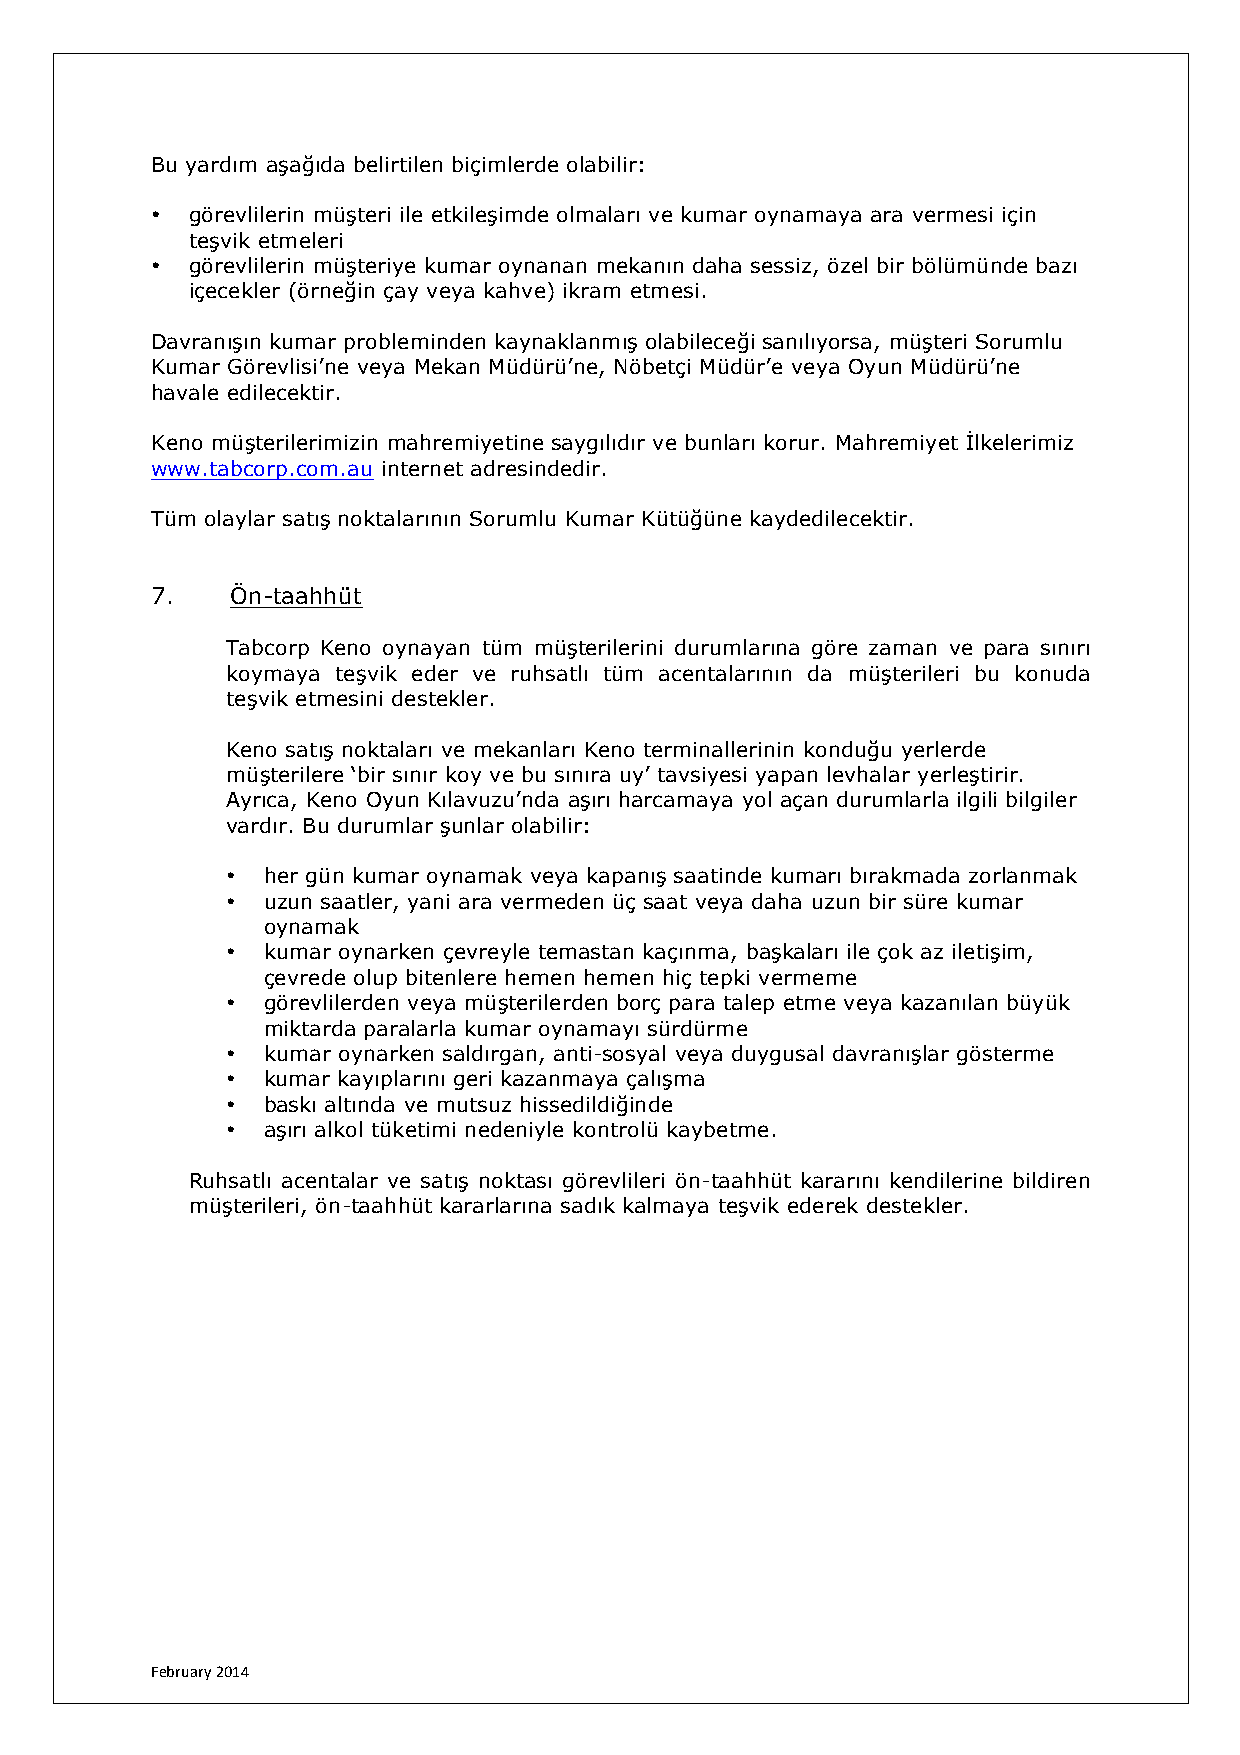
Bu yardım aşağıda belirtilen biçimlerde olabilir:
 • görevlilerin müşteri ile etkileşimde olmaları ve kumar oynamaya ara vermesi için
 teşvik etmeleri
 • görevlilerin müşteriye kumar oynanan mekanın daha sessiz, özel bir bölümünde bazı
 içecekler (örneğin çay veya kahve) ikram etmesi.
 Davranışın kumar probleminden kaynaklanmış olabileceği sanılıyorsa, müşteri Sorumlu
 Kumar Görevlisi’ne veya Mekan Müdürü’ne, Nöbetçi Müdür’e veya Oyun Müdürü’ne
 havale edilecektir.
 Keno müşterilerimizin mahremiyetine saygılıdır ve bunları korur. Mahremiyet İlkelerimiz
 www.tabcorp.com.au internet adresindedir.
 Tüm olaylar satış noktalarının Sorumlu Kumar Kütüğüne kaydedilecektir.
 7.   Ön-taahhüt
 Tabcorp Keno oynayan tüm müşterilerini durumlarına göre zaman ve para sınırı
 koymaya teşvik eder ve ruhsatlı tüm acentalarının da müşterileri bu konuda
 teşvik etmesini destekler.
 Keno satış noktaları ve mekanları Keno terminallerinin konduğu yerlerde
 müşterilere ‘bir sınır koy ve bu sınıra uy’ tavsiyesi yapan levhalar yerleştirir.
 Ayrıca, Keno Oyun Kılavuzu’nda aşırı harcamaya yol açan durumlarla ilgili bilgiler
 vardır. Bu durumlar şunlar olabilir:
 • her gün kumar oynamak veya kapanış saatinde kumarı bırakmada zorlanmak
 • uzun saatler, yani ara vermeden üç saat veya daha uzun bir süre kumar
 oynamak
 • kumar oynarken çevreyle temastan kaçınma, başkaları ile çok az iletişim,
 çevrede olup bitenlere hemen hemen hiç tepki vermeme
 • görevlilerden veya müşterilerden borç para talep etme veya kazanılan büyük
 miktarda paralarla kumar oynamayı sürdürme
 • kumar oynarken saldırgan, anti-sosyal veya duygusal davranışlar gösterme
 • kumar kayıplarını geri kazanmaya çalışma
 • baskı altında ve mutsuz hissedildiğinde
 • aşırı alkol tüketimi nedeniyle kontrolü kaybetme.
 Ruhsatlı acentalar ve satış noktası görevlileri ön-taahhüt kararını kendilerine bildiren
 müşterileri, ön-taahhüt kararlarına sadık kalmaya teşvik ederek destekler.
 February 2014